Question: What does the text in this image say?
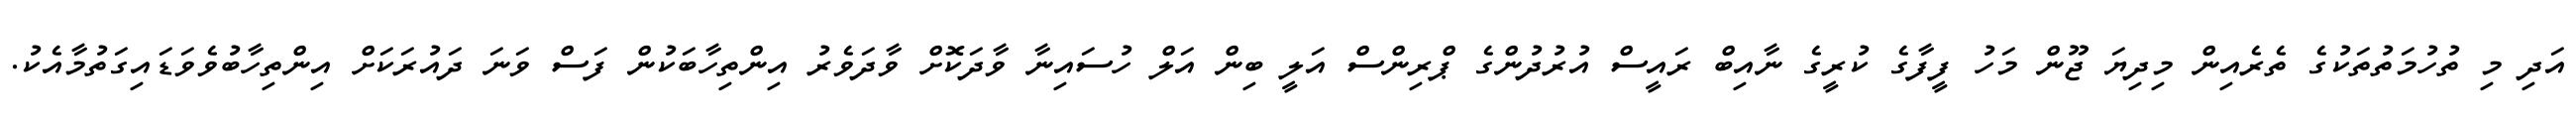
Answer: އަދި މި ތުހުމަތުތަކުގެ ތެރެއިން މިދިޔަ ޖޫން މަހު ފީފާގެ ކުރީގެ ނާއިބް ރައީސް އުރުދުންގެ ޕްރިންސް އަލީ ބިން އަލް ހުސައިނާ ވާދަކޮށް ވާދަވެރު އިންތިހާބަކުން ފަސް ވަނަ ދައުރަކަށް އިންތިހާބުވެވަޑައިގަތުމާއެކު.